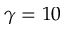
\gamma = 1 0